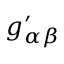
g _ { \alpha \beta } ^ { \prime }